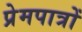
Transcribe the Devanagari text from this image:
प्रेमपात्रों